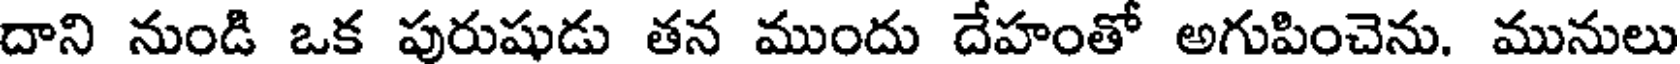
దాని నుండి ఒక పురుషుడు తన ముందు దేహంతో అగుపించెను. మునులు